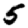
Digit: 5